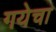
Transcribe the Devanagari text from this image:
गयेचा